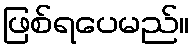
ဖြစ်ရပေမည်။